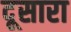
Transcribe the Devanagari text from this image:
दूसारा